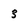
Character: 3